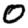
Digit: 0